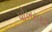
પોખરાથી